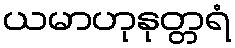
ယမာဟုနုတ္တရံ